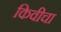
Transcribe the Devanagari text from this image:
किवीचा